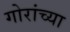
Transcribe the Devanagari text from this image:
गोरांच्या